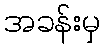
အခန်းမှ